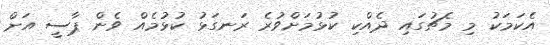
އެކަމަކު މި މެޗުގައި ދެއްކި ކުޅުމަށްވުރެ ރަނގަޅު ކުޅުމެއް ވެން ޕާސީ އަށް